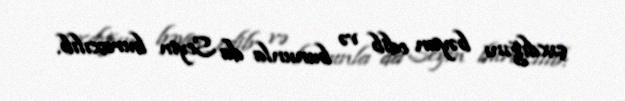
çıxdığını bəyan edib və bununla da Seym buraxılıb.